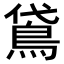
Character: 𬷈